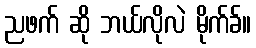
ညဖက် ဆို ဘယ်လိုလဲ မိုက်ခ်။